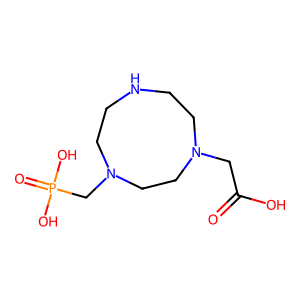
SMILES: O=C(O)CN1CCNCCN(CP(=O)(O)O)CC1
Inhibits HIV replication: No